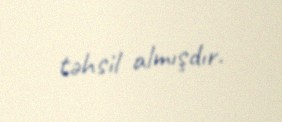
təhsil almışdır.